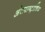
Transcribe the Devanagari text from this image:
अंतराष्ट्रात्रिय